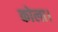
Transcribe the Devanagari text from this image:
कोला।